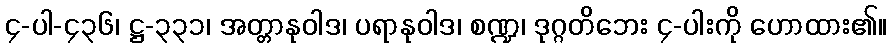
၄-ပါ-၄၃၆၊ ဋ္ဌ-၃၃၁၊ အတ္တာနုဝါဒ၊ ပရာနုဝါဒ၊ စဏ္ဍ၊ ဒုဂ္ဂတိဘေး ၄-ပါးကို ဟောထား၏။